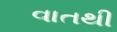
વાતથી